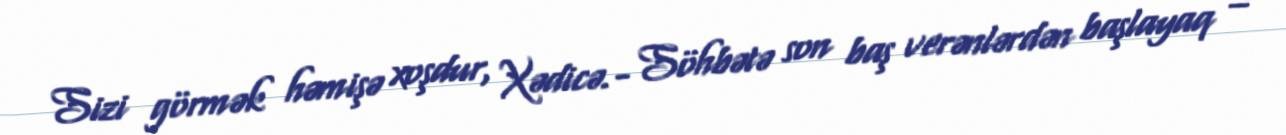
Sizi görmək həmişə xoşdur, Xədicə.- Söhbətə son baş verənlərdən başlayaq –